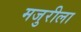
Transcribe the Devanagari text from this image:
मजुरीला